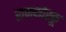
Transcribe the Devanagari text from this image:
राजकोरकू